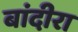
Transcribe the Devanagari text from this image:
बांदीरा